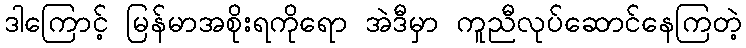
ဒါကြောင့် မြန်မာအစိုးရကိုရော အဲဒီမှာ ကူညီလုပ်ဆောင်နေကြတဲ့